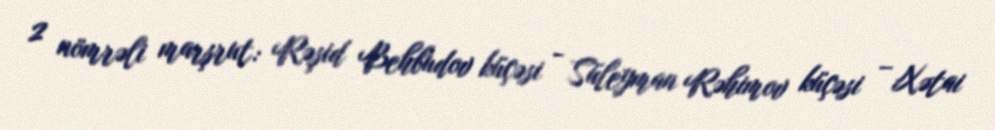
2 nömrəli marşrut: Rəşid Behbudov küçəsi - Süleyman Rəhimov küçəsi – Xətai